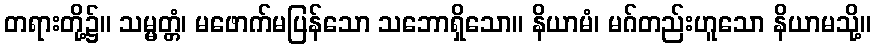
တရားတို့၌။ သမ္မတ္တံ၊ မဖောက်မပြန်သော သဘောရှိသော။ နိယာမံ၊ မဂ်တည်းဟူသော နိယာမသို့။